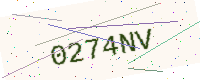
Text: 0274NV